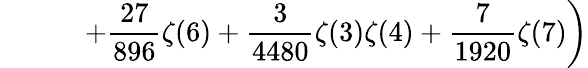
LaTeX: \displaystyle\left.\quad\quad\quad+\frac{27}{896}\zeta(6)+\frac{3}{4480}\zeta(3)\zeta(4)+\frac{7}{1920}\zeta(7)\right)